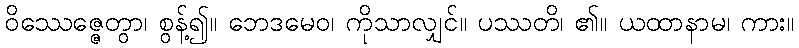
ဝိဿေဇ္ဇေတွာ၊ စွန့်၍။ ဘေဒမေဝ၊ ကိုသာလျှင်။ ပဿတိ၊ ၏။ ယထာနာမ၊ ကား။